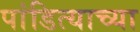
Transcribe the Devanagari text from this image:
पांडित्याच्या